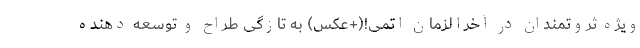
ویژه ثروتمندان در آخرالزمان اتمی!(+عکس) به تازگی طراح و توسعه دهنده